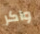
واكر